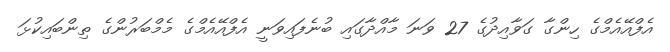
އެފްއޭއެމްގެ ހިންގާ ގަވާއިދުގެ 27 ވަނަ މާއްދާގައި ބުނެފައިވަނީ އެފްއޭއެމްގެ މެމްބަރުންގެ ތިންބައިކުޅަ